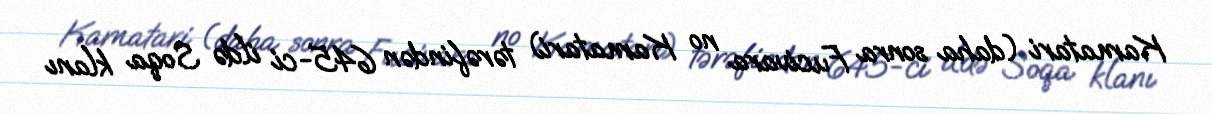
Kamatari (daha sonra Fucivara no Kamatari) tərəfindən 645-ci ildə Soqa klanı